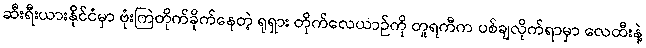
ဆီးရီးယားနိုင်ငံမှာ ဗုံးကြဲတိုက်ခိုက်နေတဲ့ ရုရှား တိုက်လေယာဉ်ကို တူရကီက ပစ်ချလိုက်ရာမှာ လေထီးနဲ့